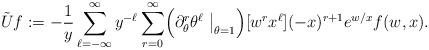
LaTeX: \begin{align*}\tilde Uf:=-\dfrac{1}{y}\sum_{\ell =-\infty}^\infty y^{-\ell} \sum_{r=0}^\infty\Bigl(\partial_\theta^r\theta^\ell\bigm|_{\theta=1}\Bigr)[w^r x^{\ell }](-x)^{r+1} e^{w/x} f(w,x).\end{align*}